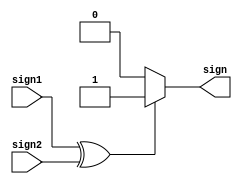
`timescale 1ns / 1ps
//////////////////////////////////////////////////////////////////////////////////
// Company: open-source
// 
// Design Name: behavioral approach
// Module Name: sign_unit
// Project Name: Systolic Array
// Target Devices: SPARTAN-3
// Tool Versions: 2020.2
// Description: based upon the sign of the two operands the sign for the
//              rsult is generated.
// 
// Dependencies: 
// 
// Revision:
// Revision 0.01 - File Created
// Additional Comments:
// 
//////////////////////////////////////////////////////////////////////////////////


module sign_unit(
    output wire sign,
    
    input wire sign1,
    input wire sign2
    );

    assign sign= ((sign1^sign2)== 1) ? 1 : 0;
endmodule